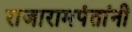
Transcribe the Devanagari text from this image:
राजारामपंतांनी